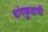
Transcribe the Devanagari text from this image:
चांदकुडाची